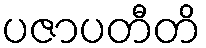
ပဇာပတီတိ